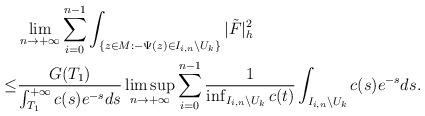
LaTeX: \begin{align*}&\lim_{n\to+\infty}\sum_{i=0}^{n-1}\int_{\{z\in M:-\Psi(z)\in I_{i,n}\backslash U_k\}}|\tilde F|^2_h\\\le&\frac{G(T_1)}{\int_{T_1}^{+\infty}c(s)e^{-s}ds}\limsup_{n\to+\infty}\sum_{i=0}^{n-1}\frac{1}{\inf_{I_{i,n}\backslash U_k}c(t)}\int_{I_{i,n}\backslash U_k}c(s)e^{-s}ds.\end{align*}